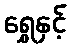
ရွှေနှင့်